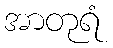
အာတုရံ